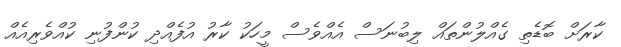
ކާރަށް ބޮޑެތި ގެއްލުންތައް ލިބުނަސް އެއްވެސް މީހަކު ކާރު އުފެއްދި ކުންފުނި ކުއްވެރިއެއް